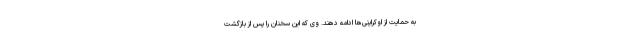
به حمایت از اوکراینی‌ها ادامه دهند. وی که این سخنان را پس از بازگشت